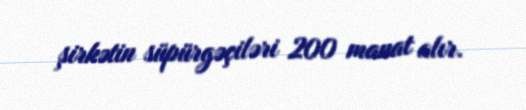
şirkətin süpürgəçiləri 200 manat alır.